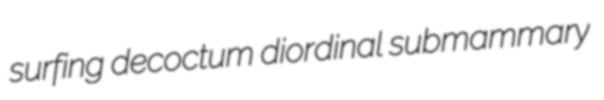
surfing decoctum diordinal submammary